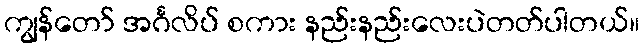
ကျွန်တော် အင်္ဂလိပ် စကား နည်းနည်းလေးပဲတတ်ပါတယ်။